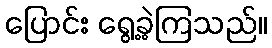
ပြောင်း ရွေ့ခဲ့ကြသည်။